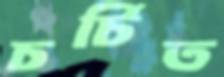
চর্চিত